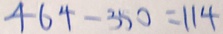
4 6 4 - 3 5 0 = 1 1 4